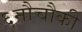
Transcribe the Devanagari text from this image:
६नौचौकी